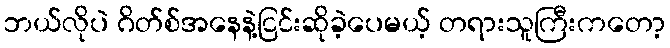
ဘယ်လိုပဲ ဂိတ်စ်အနေနဲ့ငြင်းဆိုခဲ့ပေမယ့် တရားသူကြီးကတော့